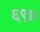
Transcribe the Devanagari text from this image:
६९।।